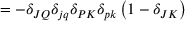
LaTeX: = - \delta _ { J Q } \delta _ { j q } \delta _ { P K } \delta _ { p k } \left( 1 - \delta _ { J K } \right)